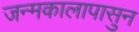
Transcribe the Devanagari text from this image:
जन्मकालापासुन